Bréfritari: Margrét Daníelsdóttir
Viðtakandi: Daníel Halldórsson
Dagsetning: A-1881-03-21
Skrifað á: Höfn  N-Múl. ?
Margrét var dóttir Daníels

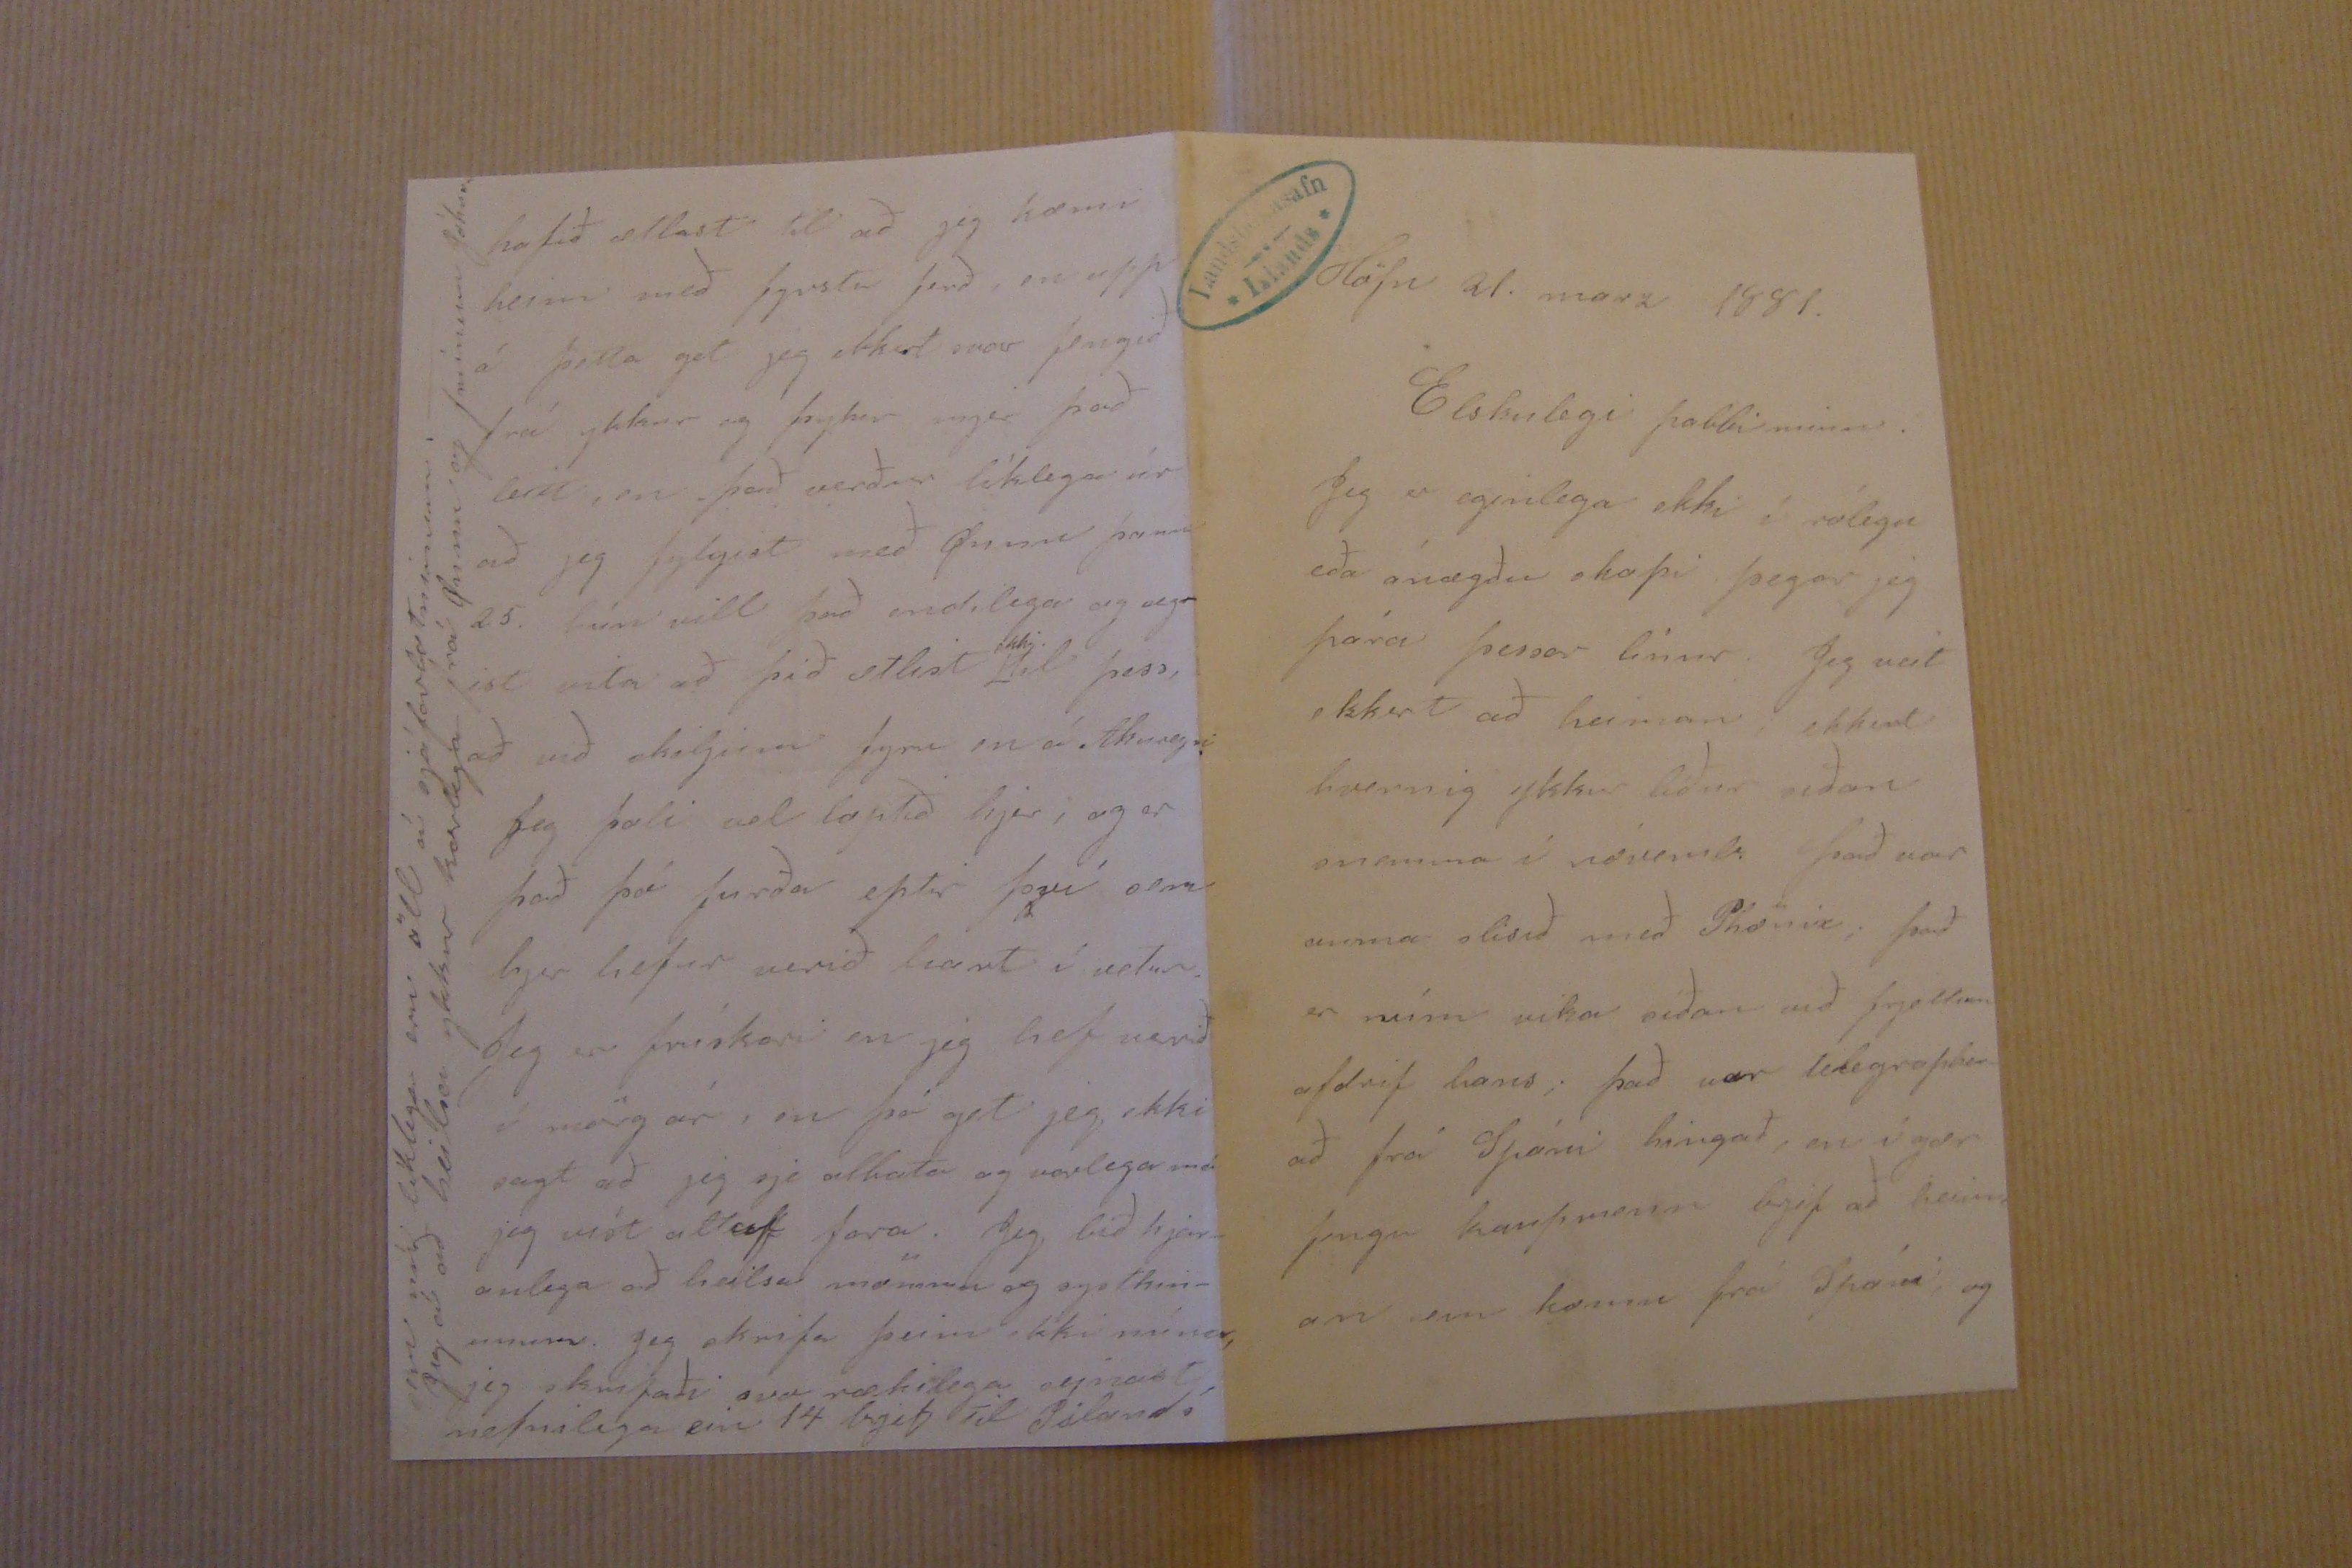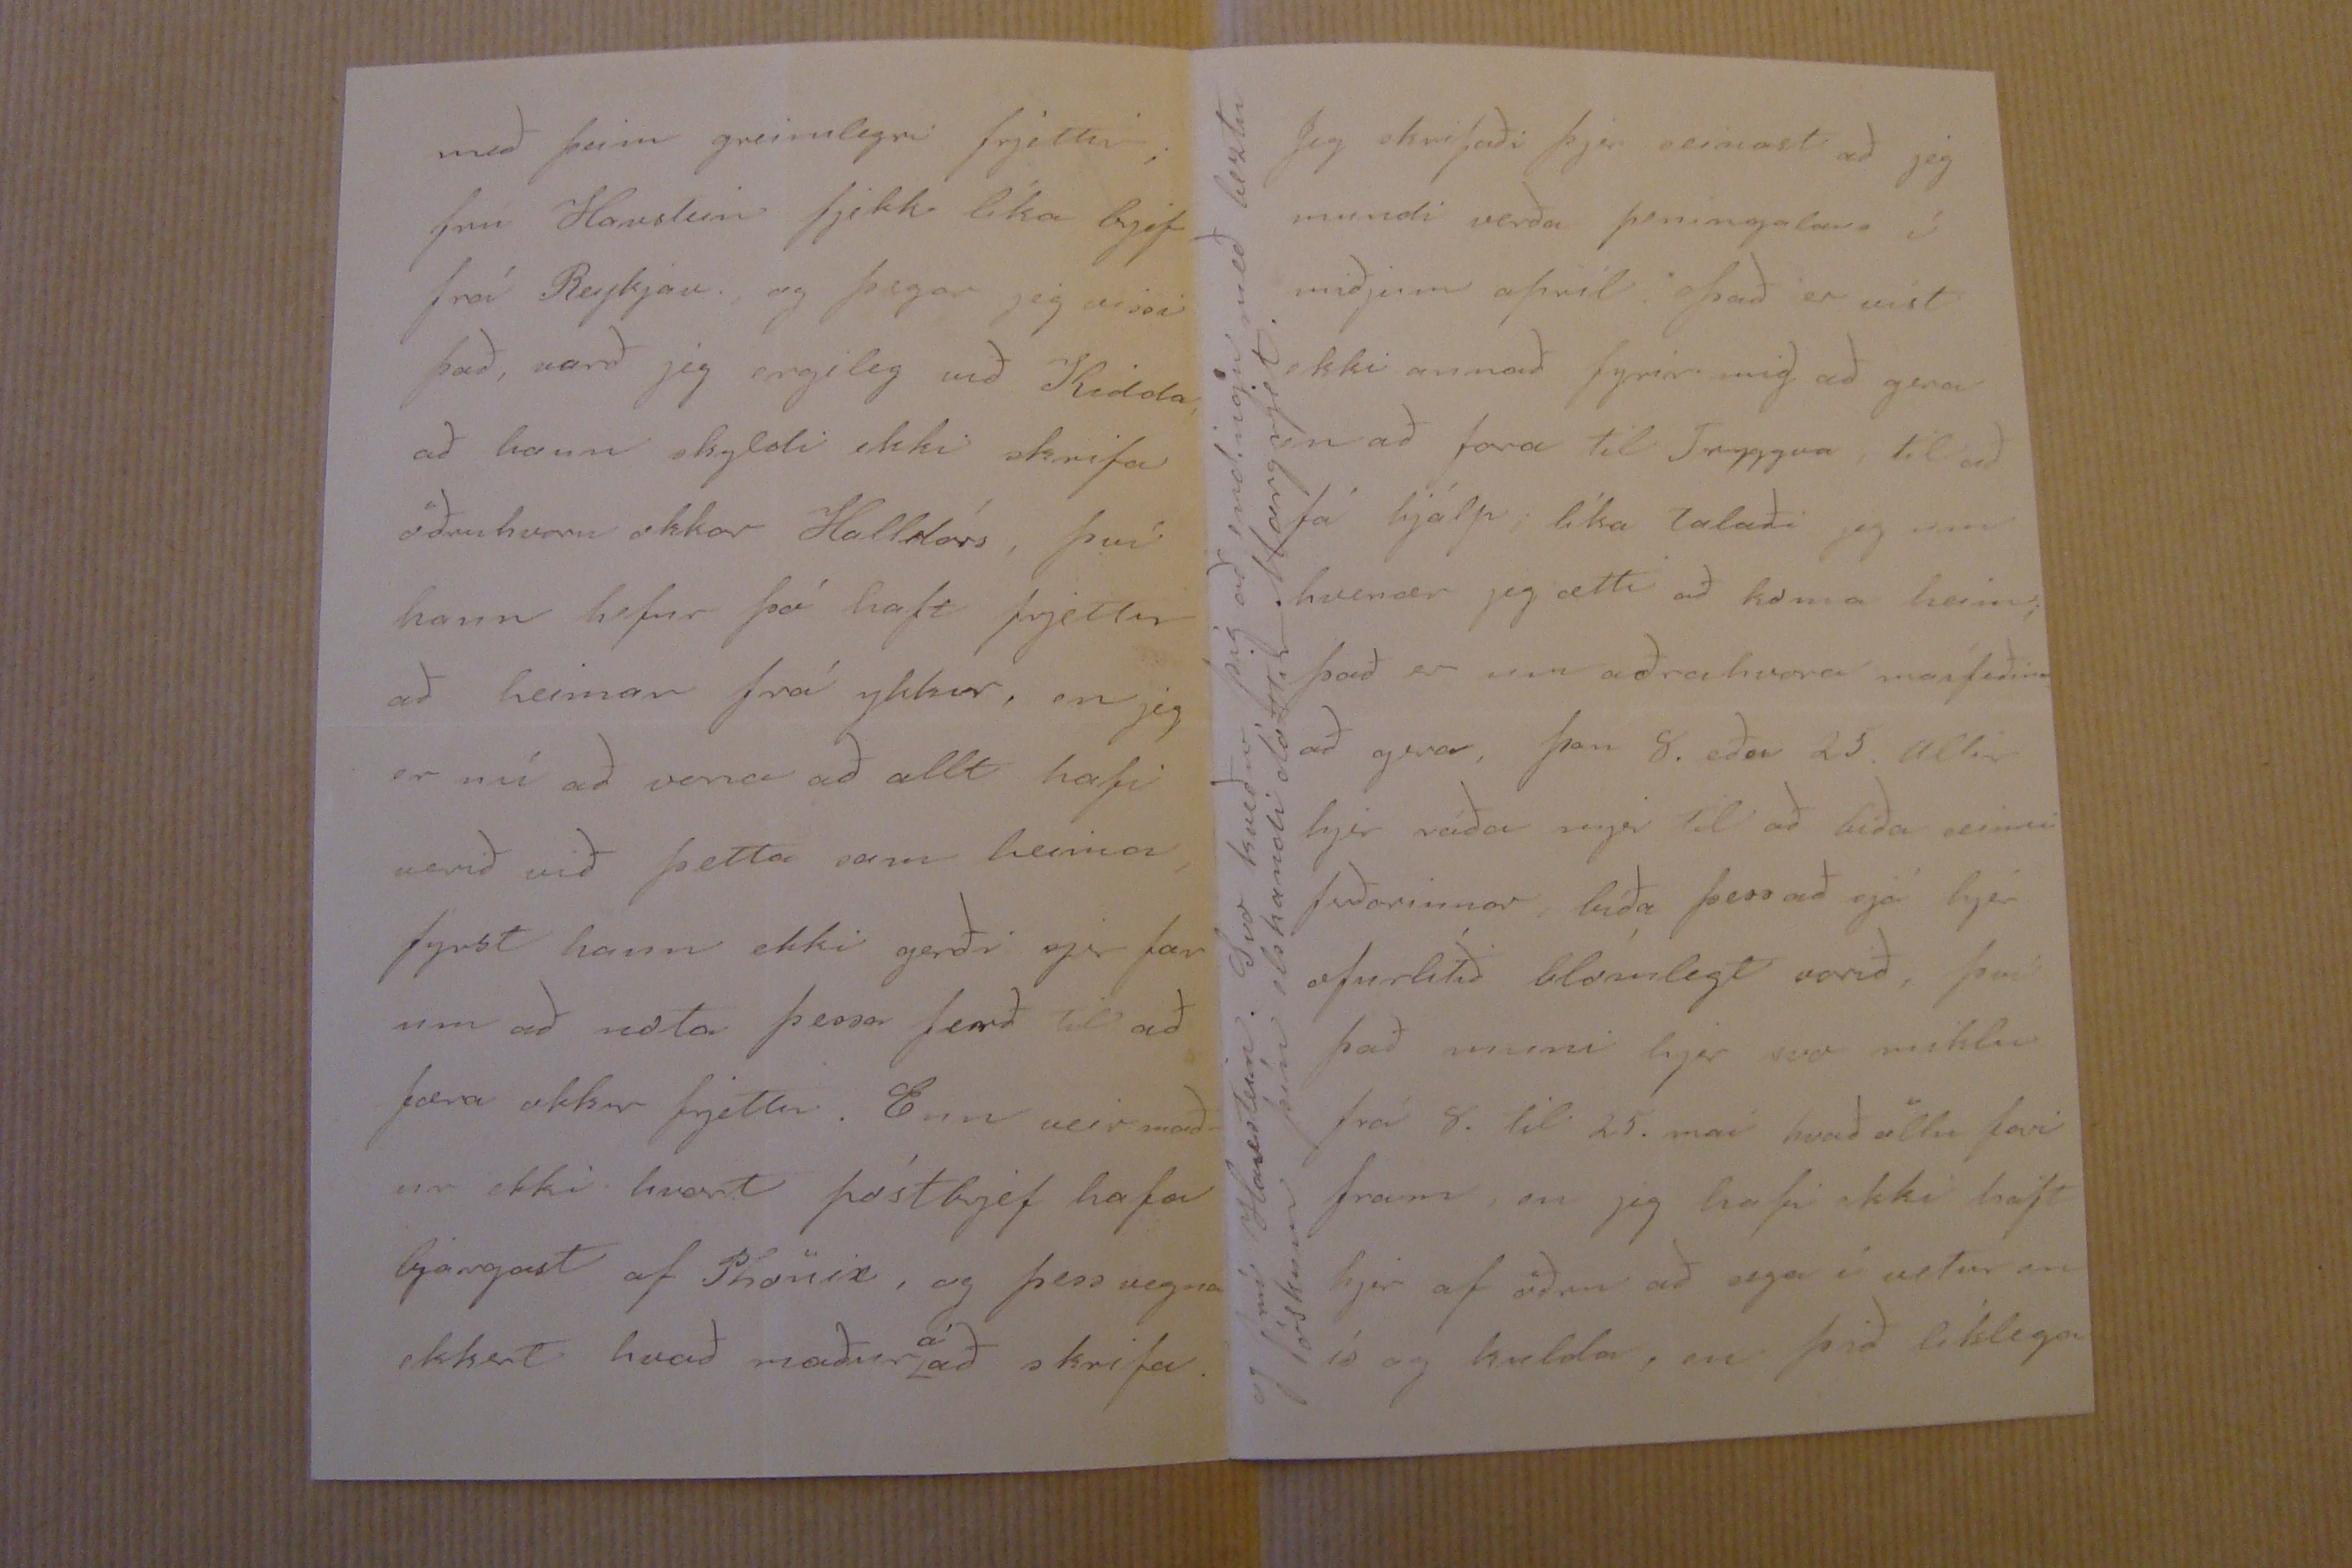

Höfn 21. marz 1881.
Elskulegi pabbi minn.
Jeg er eginlega ekki í rólegu eða ánægðu skapi þegar jeg pára þessar línur. Jeg veit ekkert að heiman,; ekkert hvernig ykkur líður síðan snemma í nóvemb. það var auma slisið með Phönix; það er rúm vika síðan við frjettum afdrif hans; það var telegrapher- að frá Spáni hingað, en í gær fengu kaupmenn brjef að heim an eru komin frá Spáni, og
með þeim greinilegri frjettir; frú Havstein fjekk líka brjef frá Reykjav. og þegar jeg vissi það, varð jeg ergileg við Kidda; að hann skyldi ekki skrifa öðruhvoru okkar Halldórs, því hann hefur þá haft frjettir að heiman frá ykkur, en jeg er nú að vona að allt hafi verið við þetta sam heima, fyrst hann ekki gerði sjer fær um að nota þessa ferð til að færa okkur frjettir. Enn veit mað- ur ekki hvort póstbrjef hafa bjargast af Phönix, og þess vegna ekkert hvað maður
á
að skrifa
Jeg skrifaði þjer seinast að jeg mundi verða peningalaus í miðjum apríl. Þð er víst ekki annað fyrir mig að gera en að fara til Tryggva, til að fá hjálp; líka talaði jeg um hvenær jeg ætti að koma heim; það er um aðra hvora
maífeðina
að gera, þan 8. eða 25. allir hjer ráða mjer til að bíða seinni ferðarinnar, bíða þess að sjá hjer ofurlítið blómlegt vorið, því það muni hjer svo miklu frá 8. til 25. maí hvað öllu fari fram, en jeg hafi ekki haft hjer af öðru að sega í vetur en ís og kulda, en þið líklega
og frú Havstein. Svo kveður þig að endingu með beztu óskum þín elskandi dóttir Margrjet.
hafið ætlast til að jeg kæmi heim með fyrstu ferð, en upp á þetta get jeg ekkert svar fengið frá ykkur og þykir mjer það leitt, en það verður líklega úr að jeg fylgist með Önnu þann 25. hún vill það endilega og seg- ist vita að þið ætlist
ekki
til þess, að við skiljum fyri en á Akureyri Jeg þoli vel loptið hjer, og er það þá furða eptir því sem hjer hefur verið hart í vetur. Jeg er frískari en jeg hef verið í mörg ár, en þá get jeg ekki sagt að jeg sje
alh00a
og varlega má jeg víst altaf fara. Jeg bið hjar- anlega að heilsa mönnum og systkin- unum. jeg skrifaði svo rækilega seinast nefnilega ein 14 brjef til Pólands
sem nú líklega eru öll á sjáfarbotninum._ Jeg á að heilsa ykkur kærlega frá Önnu og
0mínum
Jóhann